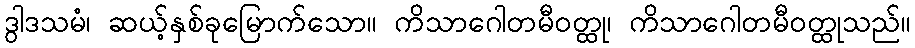
ဒွါဒသမံ၊ ဆယ့်နှစ်ခုမြောက်သော။ ကိသာဂေါတမီဝတ္ထု၊ ကိသာဂေါတမီဝတ္ထုသည်။